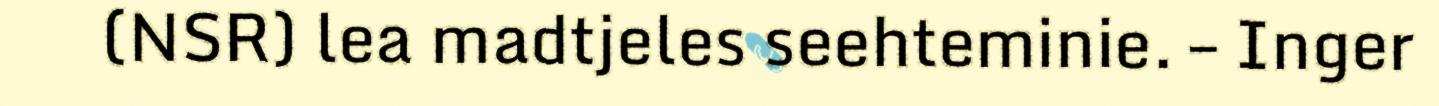
(NSR) lea madtjeles seehteminie. – Inger